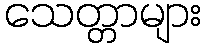
သေတ္တာများ